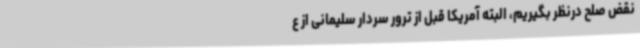
نقض صلح درنظر بگیریم، البته آمریکا قبل از ترور سردار سلیمانی از ع